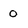
Character: 0